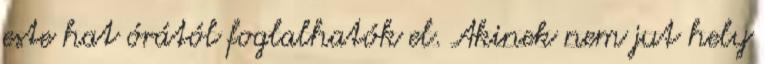
este hat órától foglalhatók el. Akinek nem jut hely